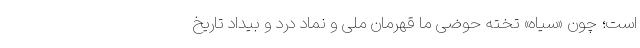
است؛ چون «سیاه» تخته حوضی ما قهرمان ملی و نماد درد و بیداد تاریخ